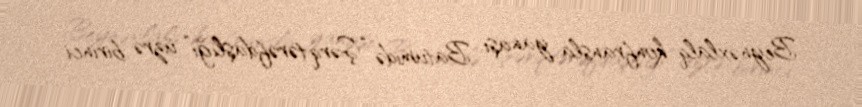
Beynəxlalq konfransla yanaşı, Batumidə “Şərq tərəfdaşlığı” üzrə birinci